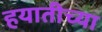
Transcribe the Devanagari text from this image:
हयातीच्या